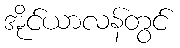
အိုင်ယာလန်တွင်